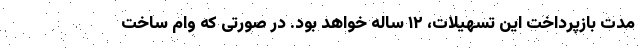
مدت بازپرداخت این تسهیلات، ۱۲ ساله خواهد بود. در صورتی که وام ساخت